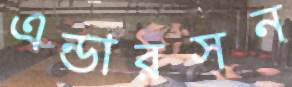
এন্ডারসন